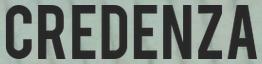
CREDENZA